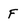
Character: F